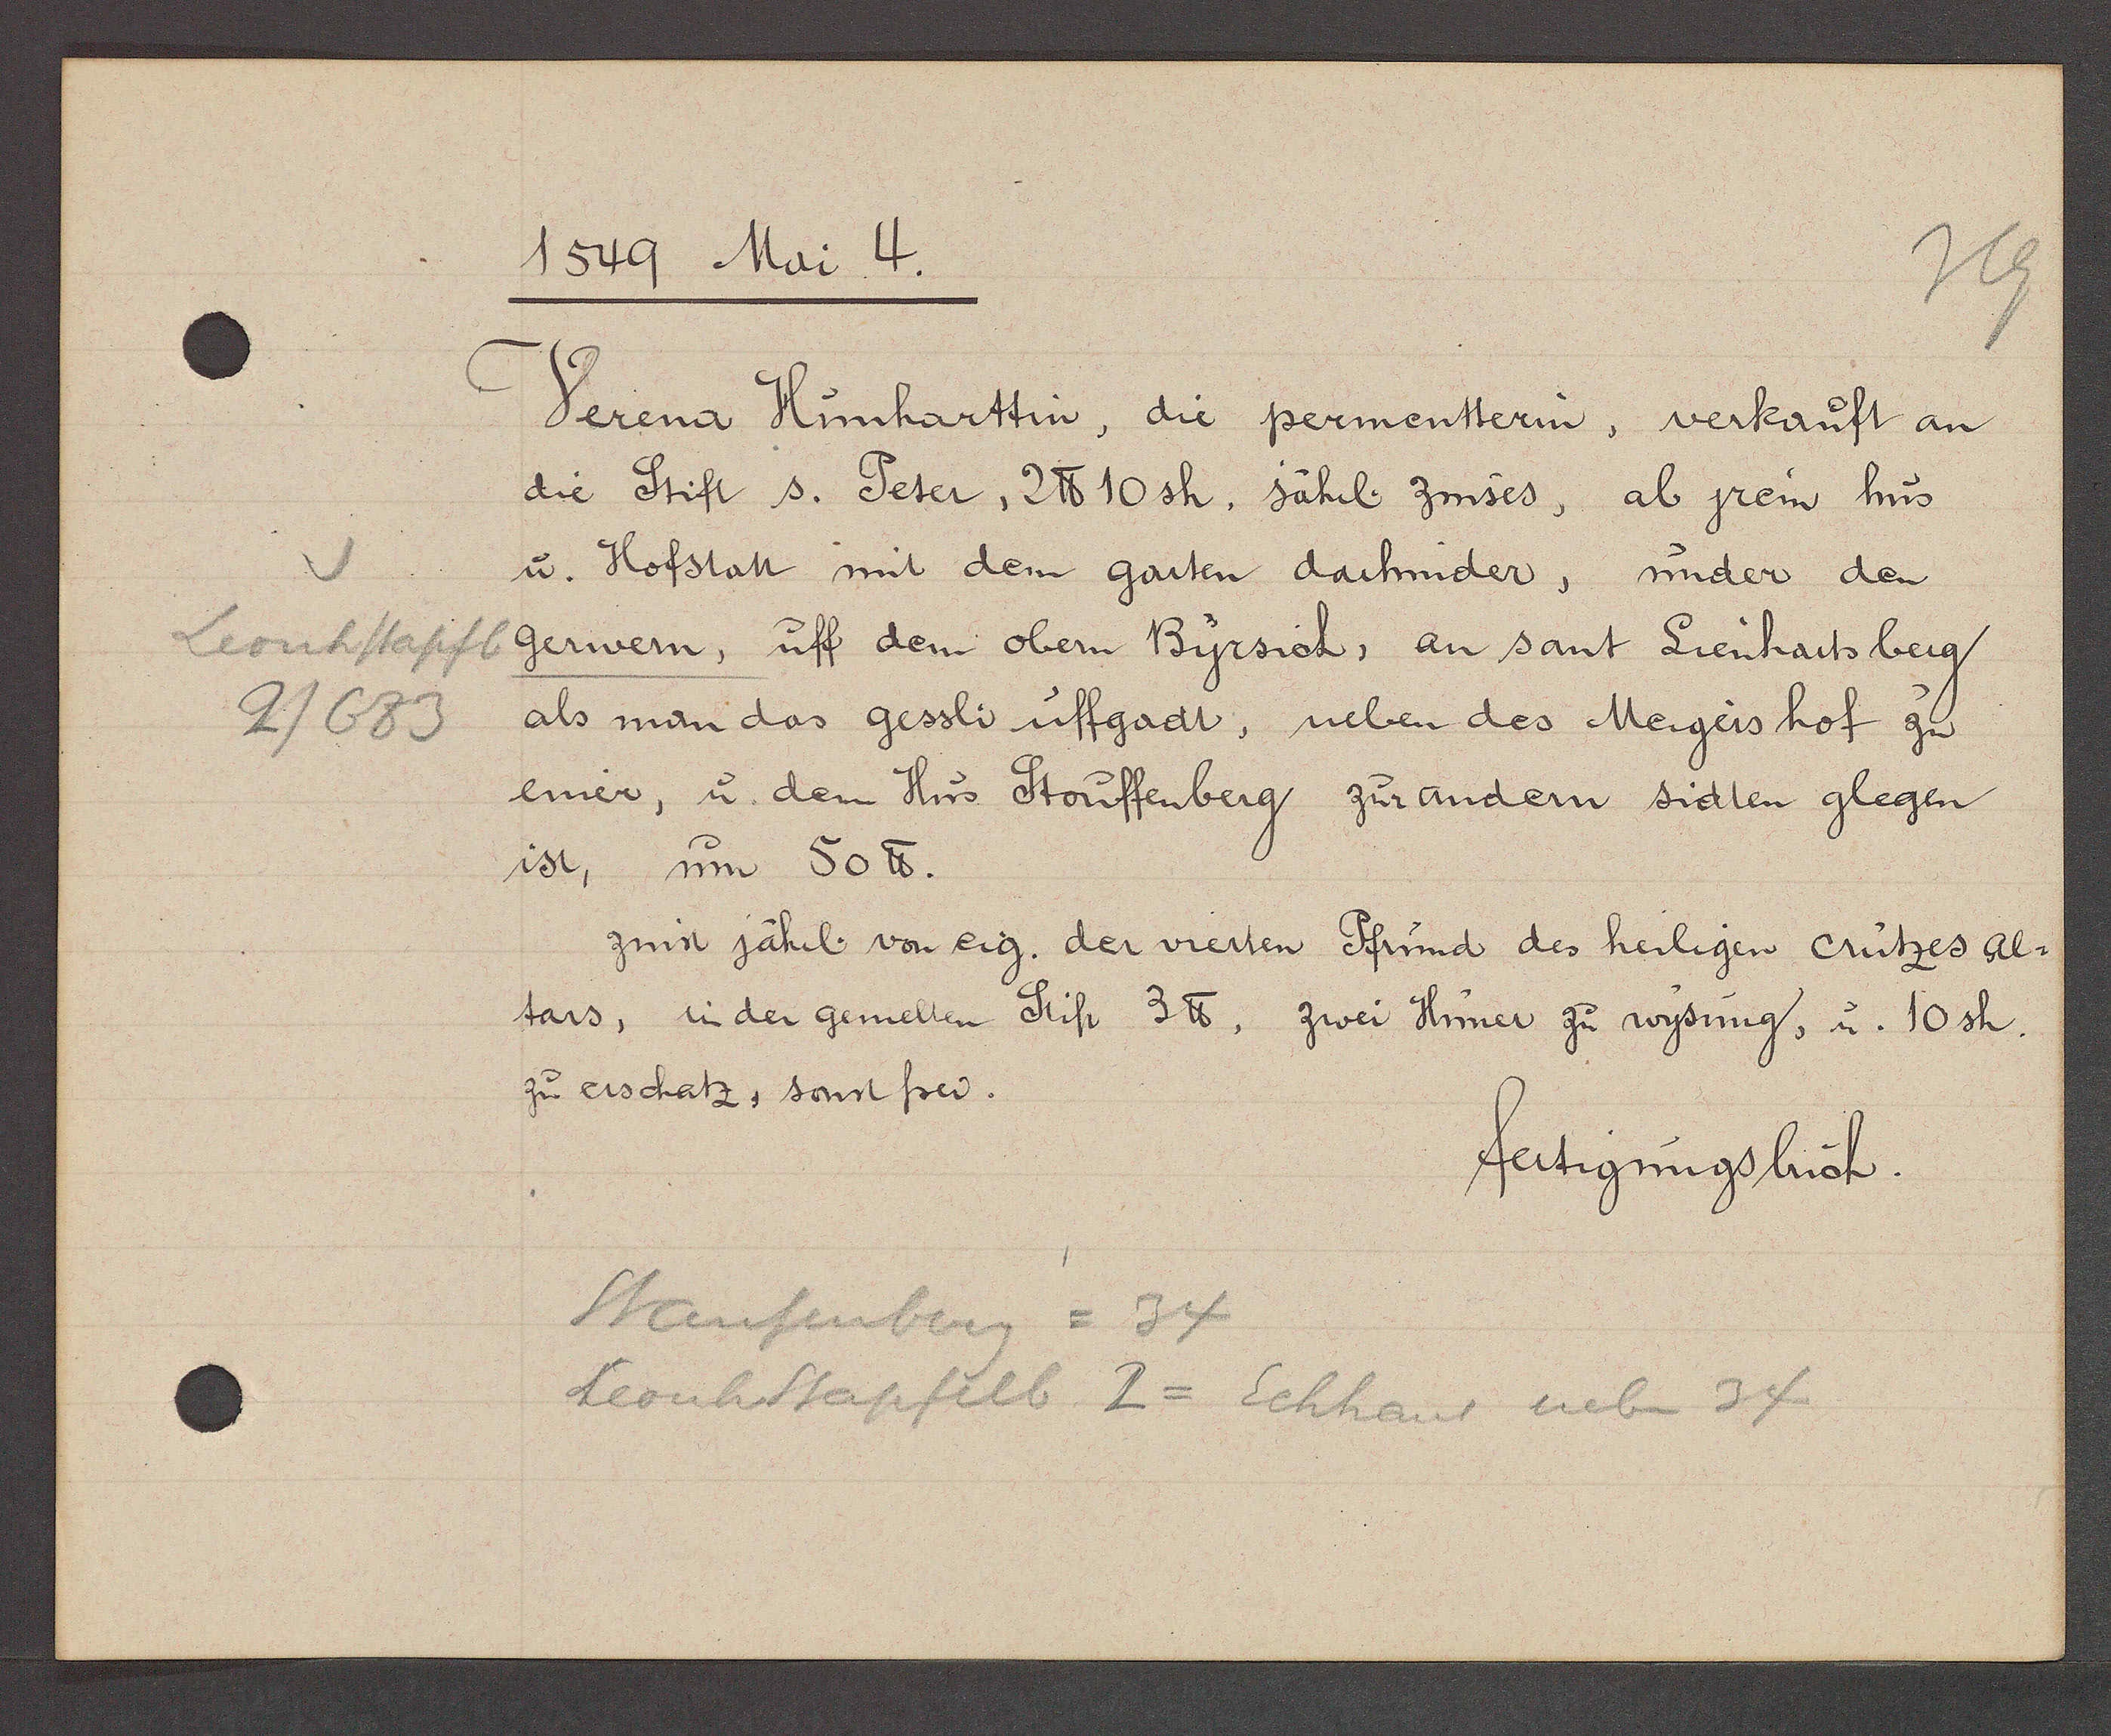
Transcript:
Leonhstapfl.
2/683

1549 Mai 4.

Verena Hunharttin, die permentterin, verkauft an
die Stift s. Peter, 2 ℔ 10 sh, jährl zinses, ab jrem hus
u. Hofstatt mit dem garten darhinder, under den
gerwern, uff dem obern Byrsich, an sant Lienhartsberg
als man das gessli uffgadt, neben des Meigers hof zu
einer, u. dem Hus Stouffenberg zur andern sidten glegen
ist, um 50 ℔.
zinst jährl von eig. der vierten Pfrund des heiligen crützes al¬
tars, in der gemelten Stift 3 ℔, zwei Huner zu wysung, u. 10sh.
zu erschatz, sonst frey.

fertigungsbuch.

Staufenberg = 34
Leonh Stapfelb 2 = Echhaus neben 34